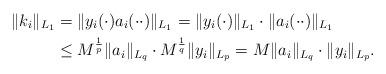
LaTeX: \begin{align*}\lVert k_i\rVert_{L_1}&=\lVert y_i(\cdot)a_i(\cdot\cdot)\rVert_{L_1}=\lVert y_i(\cdot)\rVert_{L_1}\cdot\lVert a_i(\cdot\cdot)\rVert_{L_1}\\&\le M^{\frac1{p}}\lVert a_i\rVert_{L_q}\cdot M^{\frac1{q}}\lVert y_i\rVert_{L_p}=M\lVert a_i\rVert_{L_q}\cdot\lVert y_i\rVert_{L_p}.\end{align*}